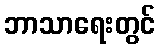
ဘာသာရေးတွင်